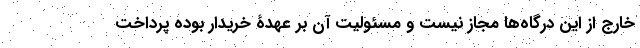
خارج از این درگاه‌ها مجاز نیست و مسئولیت آن بر عهدۀ خریدار بوده پرداخت